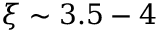
\xi \sim 3 . 5 - 4